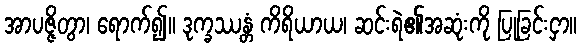
အာပဇ္ဇိတွာ၊ ရောက်၍။ ဒုက္ခဿန္တံ ကိရိယာယ၊ ဆင်းရဲ၏အဆုံးကို ပြုခြင်းငှာ။